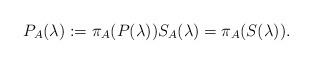
LaTeX: \begin{align*}P_A(\lambda) := \pi_A(P(\lambda)) S_A(\lambda) = \pi_A(S(\lambda)).\end{align*}